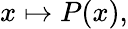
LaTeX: x\mapsto P(x),